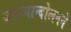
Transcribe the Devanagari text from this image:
जनआन्दोलनने